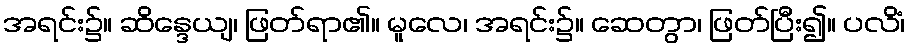
အရင်း၌။ ဆိန္ဒေယျ၊ ဖြတ်ရာ၏။ မူလေ၊ အရင်း၌။ ဆေတွာ၊ ဖြတ်ပြီး၍။ ပလိံ၊